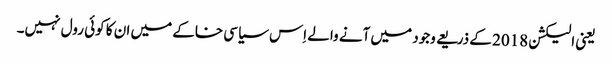
یعنی الیکشن 2018 کے ذریعے وجود میں آنے والے اِس سیاسی خاکے میں ان کا کوئی رول نہیں۔